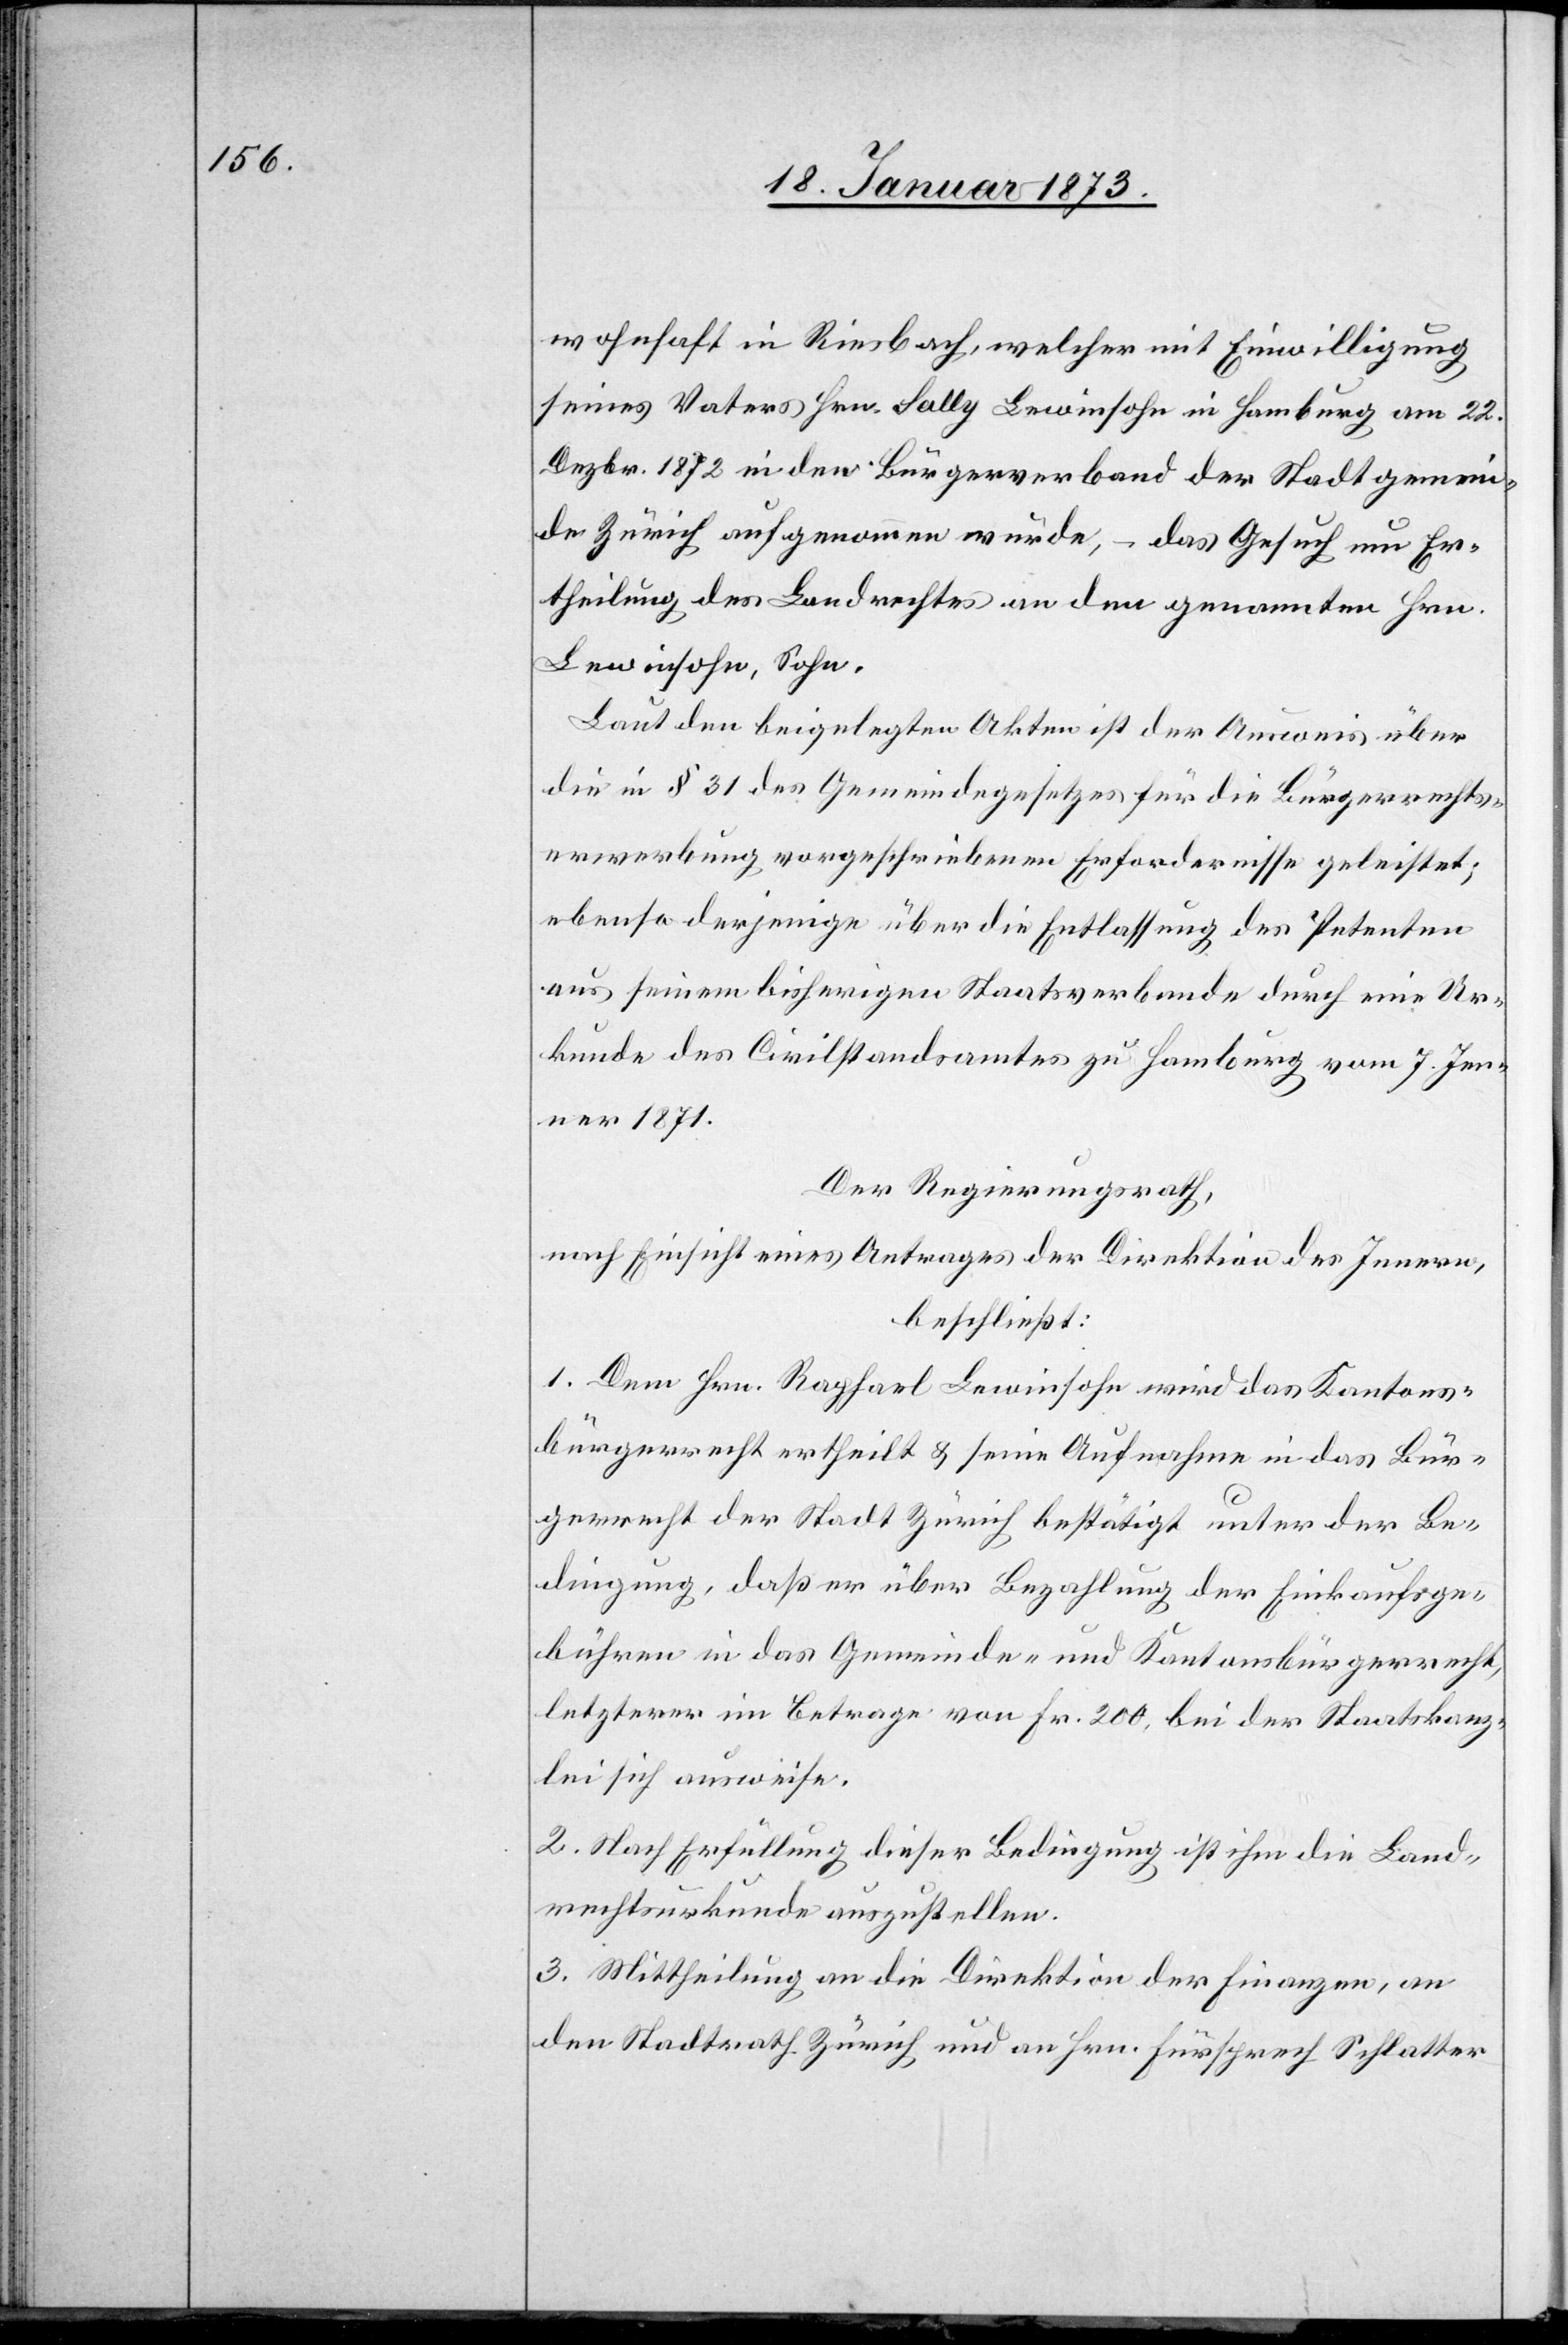
wohnhaft in Riesbach, welcher mit Einwilligung
seines Vaters Hrn. Sally Lewinsohn [sic!] in Hamburg am 22.
Dezbr. 1872 in den Bürgerverband der Stadtgemein¬
de Zürich aufgenommen wurde, – das Gesuch um Er¬
theilung des Landrechtes an den genannten Hrn.
Lewinsohn, Sohn.
Laut den beigelegten Akten ist der Ausweis über
die in § 31 des Gemeindegesetzes für die Bürgerrechts¬
erwerbung vorgeschriebenen Erfordernisse geleistet;
ebenso derjenige über die Entlassung des Petenten
aus seinem bisherigen Staatsverbande durch eine Ur¬
kunde des Civilstandsamtes zu Hamburg vom 7. Jen¬
ner 1871.
Der Regierungsrath,
nach Einsicht eines Antrages der Direktion des Innern,
beschließt:
1. Dem Hrn. Raphael Lewinsohn wird das Kantons¬
bürgerrecht ertheilt u. seine Aufnahme in das Bür¬
gerrecht der Stadt Zürich bestätigt unter der Be¬
dingung, daß er über Bezahlung der Einkaufsge¬
bühren in das Gemeinde- und Kantonsbürgerrecht,
letzterer im Betrage von Fr. 200, bei der Staatskanz¬
lei sich ausweise.
2. Nach Erfüllung dieser Bedingung ist ihm die Land¬
rechtsurkunde auszustellen.
3. Mittheilung an die Direktion der Finanzen, an
den Stadtrath Zürich und an Hrn. Fürsprech Schlatter